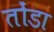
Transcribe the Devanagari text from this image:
तोंडा